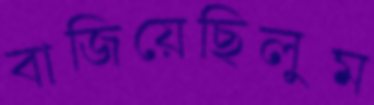
বাজিয়েছিলুম